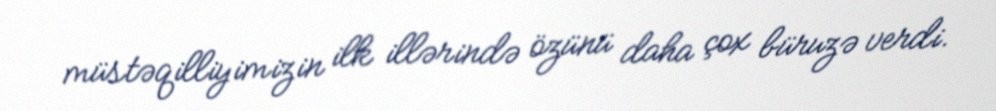
müstəqilliyimizin ilk illərində özünü daha çox büruzə verdi.